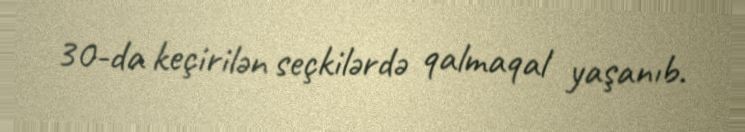
30-da keçirilən seçkilərdə qalmaqal yaşanıb.